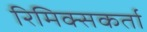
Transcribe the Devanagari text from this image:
रिमिक्सकर्ता